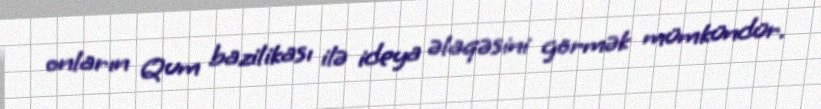
onların Qum bazilikası ilə ideya əlaqəsini görmək mümkündür.